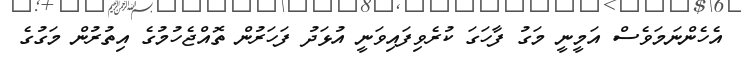
އެހެންނަމަވެސް އަމީނީ މަގު ފާހަގަ ކުރެވިފައިވަނީ އުޅަދު ފަހަރުން ތޮއްޖެހުމުގެ އިތުރުން މަގުގެ